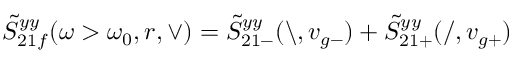
\tilde { S } _ { 2 1 f } ^ { y y } ( \omega > \omega _ { 0 } , r , \vee ) = \tilde { S } _ { 2 1 - } ^ { y y } ( \backslash , v _ { g - } ) + \tilde { S } _ { 2 1 + } ^ { y y } ( / , v _ { g + } )